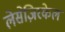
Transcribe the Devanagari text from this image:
लेसेज़िरकेल